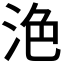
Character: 𣴊